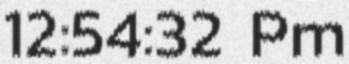
12:54:32 Pm